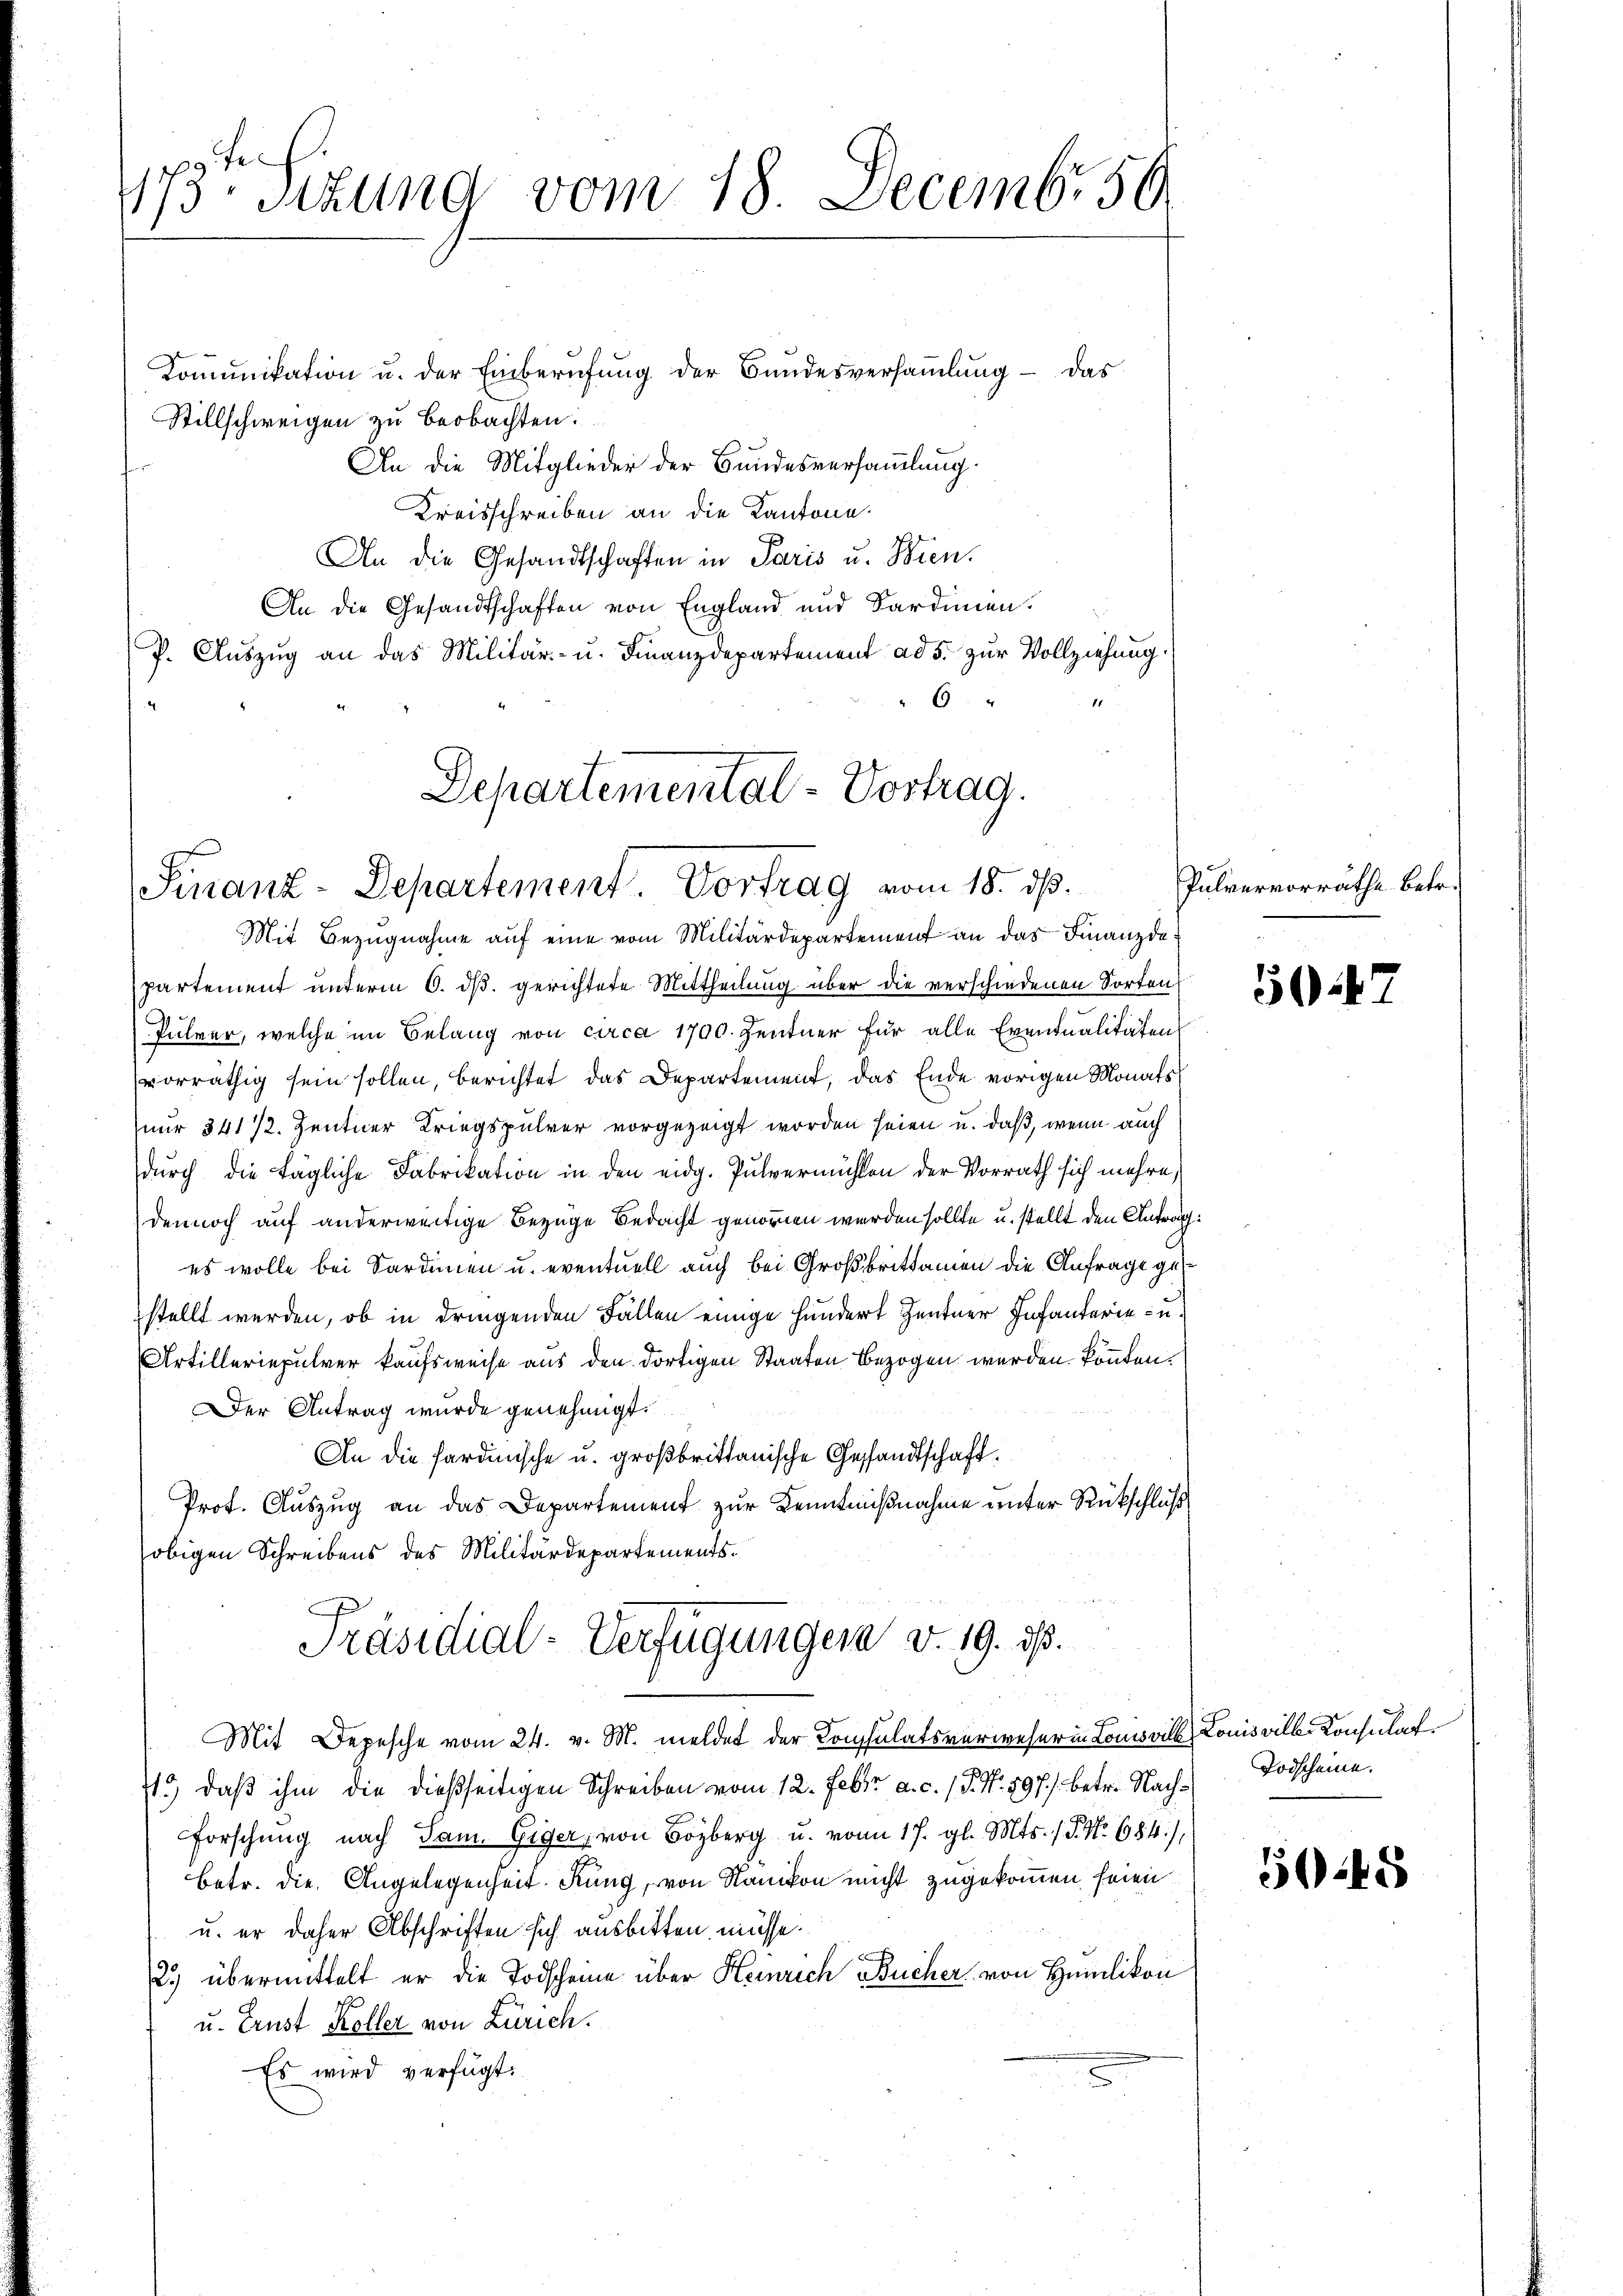
173. Sitzung vom 18. Decembr. 50

Kommunikation u. der Einberufung der Bundesversammlung - das
Stillschweigen zu beobachten:
An die Mitglieder der Bundesversammlung.
Kreisschreiben an die Kantone.
An die Gesandtschaften in Paris u. Bien.
An die Gesandtschaften von England und Sardinien.
P. Aŭszŭg an das Militär- u. Finanzdepartement ad 5. zŭr Vollziehung.
 6

Departemental-Vortrag.
Finanz-Departement. Vortrag vom 18. ds.

Mit Bezugnahme auf eine vom Militärdepartement an das Finanzdapartement unterm 6. dß. gerichtete Mittheilung über die verschiedenen Sorten
Pulver, welche im Belang von circa 1700. Zentner für alle Eventualitäten
vorräthig sein sollen, berichtet das Departement, das Ende vorigen Monats
nur 341 1/2. Zentner Kriegspulver vorgezeigt worden seien u. daß, wenn auch
durch die tägliche Fabrikation in den eidg. Pulvermühlen der Vorrath sich mehre,
dennoch auf anderwärtige Bezuge Bedacht genommen werden sollte u. stellt den Antrag.
es wolle bei Sardinen u. eventuell auch bei Großbrittamen die Anfrage gestellt werden, ob in dringenden Fällen einige Hundert Zentner Infanterie u
Artilleriepulver kaufsweise aus den dortigen Staaten bezogen werden könnten¬
Der Antrag wurde genehmigt.
An die Hardensche u. großbrittanische Gesandtschaft.
Prot. Auszug an das Departement zur Kenntnißnahme unter Rückschluß
obigen Schreibens des Militärdepartements.
Präsidial-Verfügungen v. 19. ds.
Mit Depesche vom 24. v. M. meldet der Consulatsverweser in Louisvill Louisville Konsulate
1.) daß ihm die dießseitigen Schreiben vom 12. Febr. a. c. (T. N. 597. betr. Nach- Todscheine
Forschung nach Sam. Giger, von Bozberg u. vom 17. gl. Mts. (T. No. 684),
betr. die Angelegenheit. Kung, von Nänikon nicht zugekommen seien
u. er daher Abschriften sich ausbitten müsse.
2) übermittelt er die Todscheine über Heinrich Bücher von Humlikon
u. Ernst Koller von Zürich.
Es wird verfügt:

Pulvervorräthe Betr.

5048